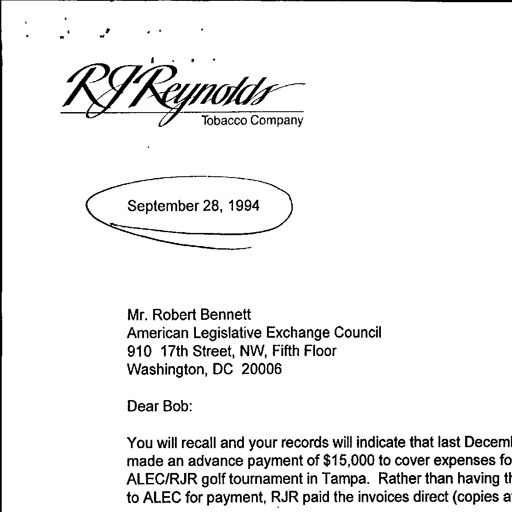
RJ Reynolds
Tobacco Company
September 28, 1994
Mr. Robert Bennett
American Legislative Exchange Council
910 17th Street, NW, Fifth Floor
Washington, DC 20006
Dear Bob:
You will recall and your records will indicate that last Decem
made an advance payment of $15,000 to cover expenses fo
ALEC/RJR golf tournament in Tampa. Rather than having th
to ALEC for payment, RJR paid the invoices direct (copies a